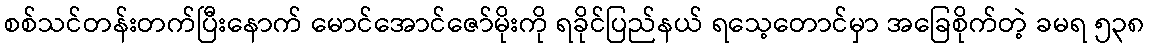
စစ်သင်တန်းတက်ပြီးနောက် မောင်အောင်ဇော်မိုးကို ရခိုင်ပြည်နယ် ရသေ့တောင်မှာ အခြေစိုက်တဲ့ ခမရ ၅၃၈